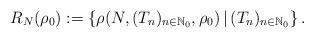
LaTeX: \begin{align*}R_N(\rho_0):=\lbrace \rho(N,(T_n)_{n\in\mathbb N_0},\rho_0)\,|\,(T_n)_{n\in\mathbb N_0}\rbrace\,.\end{align*}